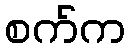
စက်က